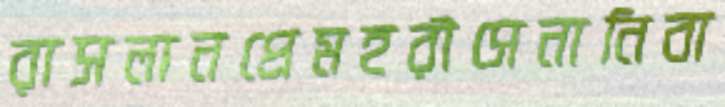
রাসলানপ্রেমহরীসেনানিবা